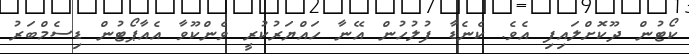
ކޯޓުން ދޫކޮށްލައިފި އެވެ. ކެނެޑާ ފުލުހުން އޭނާ ހައްޔަރުކުރީ ވެންކޫވާ އެއާޕޯޓުން ޑިސެމްބަރު